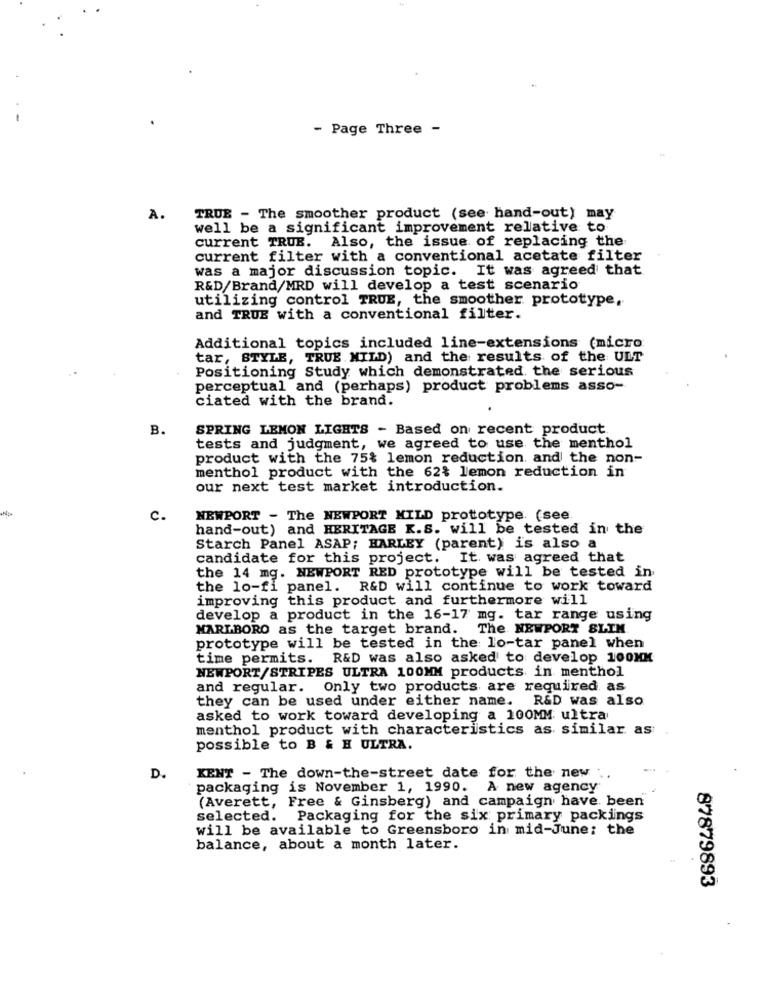
- Page Three -
A.
TRUE - The smoother product (see hand-out) may
well be a significant improvement relative to
current TRUB. Also, the issue of replacing the
current filter with a conventional acetate filter
was a major discussion topic. It was agreed that
R&D/Brand/MRD will develop a test scenario
utilizing control TRUE, the smoother prototype,
and TRUE with a conventional filter.
Additional topics included line-extensions (micro
tar, STYLE, TRUE MILD) and the results of the ULT
Positioning Study which demonstrated the serious
perceptual and (perhaps) product problems asso-
ciated with the brand.
B.
SPRING LEMON LIGHTS - Based on recent product
tests and judgment, we agreed to use the menthol
product with the 75% lemon reduction, and the non-
menthol product with the 62% lemon reduction in
our next test market introduction.
A.
C.
NEWPORT - The NEWPORT MILD prototype. (see.
hand-out) and HERITAGE K.S. will be tested in the
Starch Panel ASAP; HARLEY (parent) is also a
candidate for this project. It was agreed that
the 14 mg. NEWPORT RED prototype will be tested in
the lo-fi panel. R&D will continue to work toward
improving this product and furthermore will
develop a product in the 16-17 mg. tar range using
MARLBORO as the target brand. The NEWPORT SLIM
prototype will be tested in the lo-tar panel when
time permits. R&D was also asked to develop 100MM
NEWPORT/STRIPES ULTRA 100MM products in menthol
and regular. Only two products are required as
they can be used under either name. R&D was also
asked to work toward developing a 100MM ultra
menthol product with characteristics as similar as
possible to B & H ULTRA.
D.
KENT - The down-the-street date for the new
packaging is November 1, 1990. A new agency
(Averett, Free & Ginsberg) and campaign have been
selected. Packaging for the six primary packings
will be available to Greensboro in mid-June: the
balance, about a month later.
87879893